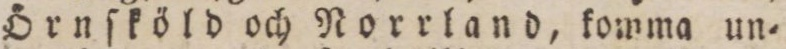
Örnſköldoch Norrland, komma un=